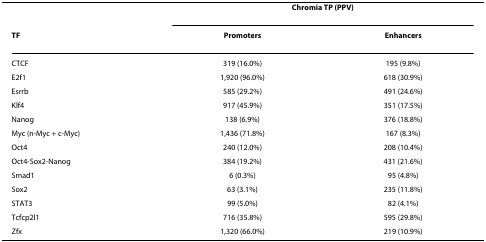
|  | <COLSPAN=2> Chromia TP (PPV) |
 | TF | Promoters | Enhancers |
 | --- | --- | --- |
 | CTCF | 319 (16.0%) | 195 (9.8%) |
 | E2f1 | 1,920 (96.0%) | 618 (30.9%) |
 | Esrrb | 585 (29.2%) | 491 (24.6%) |
 | Klf4 | 917 (45.9%) | 351 (17.5%) |
 | Nanog | 138 (6.9%) | 376 (18.8%) |
 | Myc (n-Myc + c-Myc) | 1,436 (71.8%) | 167 (8.3%) |
 | Oct4 | 240 (12.0%) | 208 (10.4%) |
 | Oct4-Sox2-Nanog | 384 (19.2%) | 431 (21.6%) |
 | Smad1 | 6 (0.3%) | 95 (4.8%) |
 | Sox2 | 63 (3.1%) | 235 (11.8%) |
 | STAT3 | 99 (5.0%) | 82 (4.1%) |
 | Tcfcp2l1 | 716 (35.8%) | 595 (29.8%) |
 | Zfx | 1,320 (66.0%) | 219 (10.9%) |